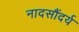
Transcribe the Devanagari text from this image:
नादसौंदर्य